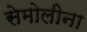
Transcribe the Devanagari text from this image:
सेमोलीना